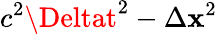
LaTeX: c^{2}\Deltat^{2}-\Delta\mathbf{x}^{2}